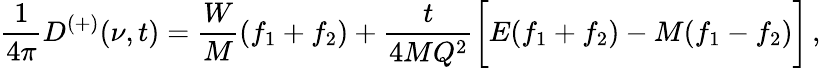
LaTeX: {\frac{1}{4\pi}}D^{(+)}(\nu,t)={\frac{W}{M}}(f_{1}+f_{2})+{\frac{t}{4MQ^{2}}}\biggl[E(f_{1}+f_{2})-M(f_{1}-f_{2})\biggr]\, ,